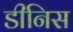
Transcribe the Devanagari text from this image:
डीनिस